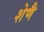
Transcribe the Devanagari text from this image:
शेणै